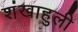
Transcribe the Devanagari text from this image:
शंखाहुली